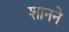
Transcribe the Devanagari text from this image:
शानने